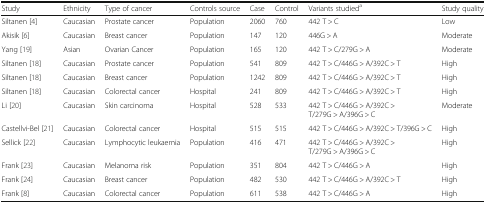
<table><thead><tr><td><b>Study</b></td><td><b>Ethnicity</b></td><td><b>Type of cancer</b></td><td><b>Controls source</b></td><td><b>Case</b></td><td><b>Control</b></td><td><b>Variants studied<sup>a</sup></b></td><td><b>Study quality</b></td></tr></thead><tbody><tr><td>Siltanen [4]</td><td>Caucasian</td><td>Prostate cancer</td><td>Population</td><td>2060</td><td>760</td><td>442 T &gt; C</td><td>Low</td></tr><tr><td>Akisik [6]</td><td>Caucasian</td><td>Breast cancer</td><td>Population</td><td>147</td><td>120</td><td>446G &gt; A</td><td>Moderate</td></tr><tr><td>Yang [19]</td><td>Asian</td><td>Ovarian Cancer</td><td>Population</td><td>165</td><td>120</td><td>442 T &gt; C/279G &gt; A</td><td>Moderate</td></tr><tr><td>Siltanen [18]</td><td>Caucasian</td><td>Prostate cancer</td><td>Population</td><td>541</td><td>809</td><td>442 T &gt; C/446G &gt; A/392C &gt; T</td><td>High</td></tr><tr><td>Siltanen [18]</td><td>Caucasian</td><td>Breast cancer</td><td>Population</td><td>1242</td><td>809</td><td>442 T &gt; C/446G &gt; A/392C &gt; T</td><td>High</td></tr><tr><td>Siltanen [18]</td><td>Caucasian</td><td>Colorectal cancer</td><td>Hospital</td><td>241</td><td>809</td><td>442 T &gt; C/446G &gt; A/392C &gt; T</td><td>High</td></tr><tr><td>Li [20]</td><td>Caucasian</td><td>Skin carcinoma</td><td>Hospital</td><td>528</td><td>533</td><td>442 T &gt; C/446G &gt; A/392C &gt; T/279G &gt; A/396G &gt; C</td><td>Moderate</td></tr><tr><td>Castellvi-Bel [21]</td><td>Caucasian</td><td>Colorectal cancer</td><td>Hospital</td><td>515</td><td>515</td><td>442 T &gt; C/446G &gt; A/392C &gt; T/396G &gt; C</td><td>High</td></tr><tr><td>Sellick [22]</td><td>Caucasian</td><td>Lymphocytic leukaemia</td><td>Population</td><td>416</td><td>471</td><td>442 T &gt; C/446G &gt; A/392C &gt; T/279G &gt; A/396G &gt; C</td><td>High</td></tr><tr><td>Frank [23]</td><td>Caucasian</td><td>Melanoma risk</td><td>Population</td><td>351</td><td>804</td><td>442 T &gt; C/446G &gt; A</td><td>High</td></tr><tr><td>Frank [24]</td><td>Caucasian</td><td>Breast cancer</td><td>Population</td><td>482</td><td>530</td><td>442 T &gt; C/446G &gt; A/392C &gt; T</td><td>High</td></tr><tr><td>Frank [8]</td><td>Caucasian</td><td>Colorectal cancer</td><td>Population</td><td>611</td><td>538</td><td>442 T &gt; C/446G &gt; A</td><td>High</td></tr></tbody></table>